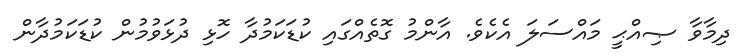
ދިމާވާ ޞިއްޙީ މައްސަލަ އެކެވެ. އާންމު ގޮތެއްގައި ކުޑަކަމުދާ ހޮޅި ދުޅަވުމުން ކުޑަކަމުދާން